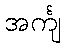
အင်္ကျ